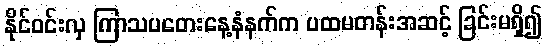
နိုင်ဝင်းလှ ကြာသပတေးနေ့နံနက်က ပထမတန်းအဆင့် ခြင်းမရှိ၍